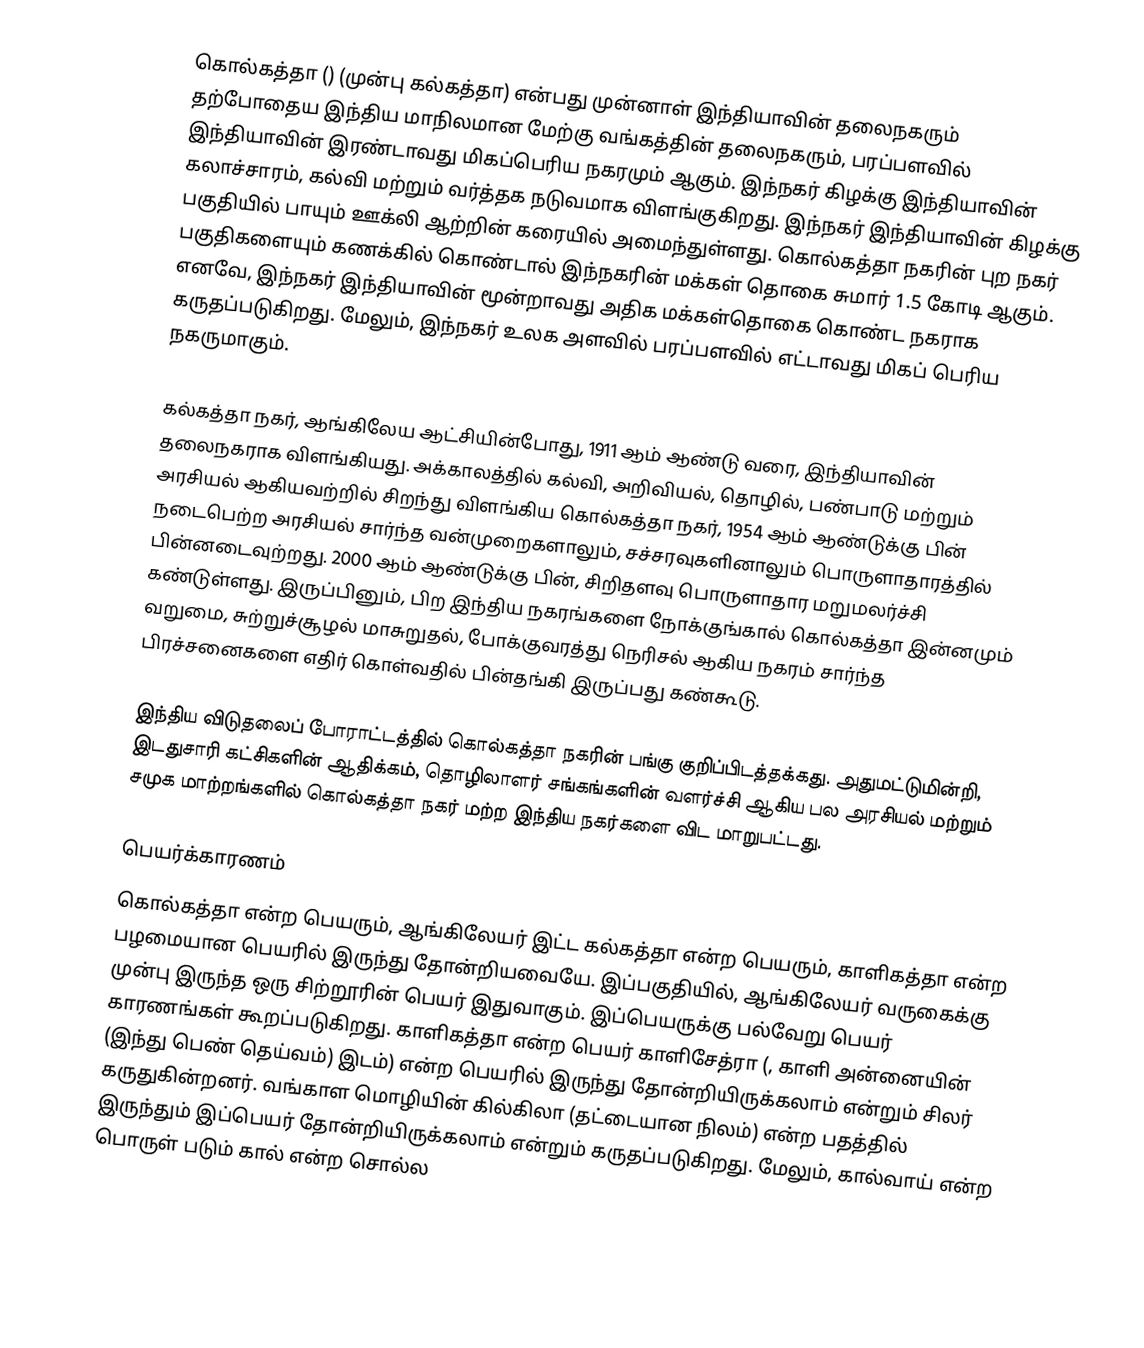
கொல்கத்தா () (முன்பு கல்கத்தா) என்பது முன்னாள் இந்தியாவின் தலைநகரும் தற்போதைய இந்திய மாநிலமான மேற்கு வங்கத்தின் தலைநகரும், பரப்பளவில் இந்தியாவின் இரண்டாவது மிகப்பெரிய நகரமும் ஆகும். இந்நகர் கிழக்கு இந்தியாவின் கலாச்சாரம், கல்வி மற்றும் வர்த்தக நடுவமாக விளங்குகிறது. இந்நகர் இந்தியாவின் கிழக்கு பகுதியில் பாயும் ஊக்லி ஆற்றின் கரையில் அமைந்துள்ளது. கொல்கத்தா நகரின் புற நகர் பகுதிகளையும் கணக்கில் கொண்டால் இந்நகரின் மக்கள் தொகை சுமார் 1.5 கோடி ஆகும். எனவே, இந்நகர் இந்தியாவின் மூன்றாவது அதிக மக்கள்தொகை கொண்ட நகராக கருதப்படுகிறது. மேலும், இந்நகர் உலக அளவில் பரப்பளவில் எட்டாவது மிகப் பெரிய நகருமாகும்.

கல்கத்தா நகர், ஆங்கிலேய ஆட்சியின்போது, 1911 ஆம் ஆண்டு வரை, இந்தியாவின் தலைநகராக விளங்கியது. அக்காலத்தில் கல்வி, அறிவியல், தொழில், பண்பாடு மற்றும் அரசியல் ஆகியவற்றில் சிறந்து விளங்கிய கொல்கத்தா நகர், 1954 ஆம் ஆண்டுக்கு பின்  நடைபெற்ற அரசியல் சார்ந்த வன்முறைகளாலும், சச்சரவுகளினாலும் பொருளாதாரத்தில் பின்னடைவுற்றது. 2000 ஆம் ஆண்டுக்கு பின், சிறிதளவு பொருளாதார மறுமலர்ச்சி கண்டுள்ளது. இருப்பினும், பிற இந்திய நகரங்களை நோக்குங்கால் கொல்கத்தா இன்னமும் வறுமை, சுற்றுச்சூழல் மாசுறுதல், போக்குவரத்து நெரிசல் ஆகிய நகரம் சார்ந்த பிரச்சனைகளை எதிர் கொள்வதில் பின்தங்கி இருப்பது கண்கூடு.

இந்திய விடுதலைப் போராட்டத்தில் கொல்கத்தா நகரின் பங்கு குறிப்பிடத்தக்கது. அதுமட்டுமின்றி, இடதுசாரி கட்சிகளின் ஆதிக்கம், தொழிலாளர் சங்கங்களின் வளர்ச்சி ஆகிய பல அரசியல் மற்றும் சமுக மாற்றங்களில் கொல்கத்தா நகர் மற்ற இந்திய நகர்களை விட மாறுபட்டது.

பெயர்க்காரணம்
கொல்கத்தா என்ற பெயரும், ஆங்கிலேயர் இட்ட கல்கத்தா என்ற பெயரும், காளிகத்தா என்ற பழமையான பெயரில் இருந்து தோன்றியவையே. இப்பகுதியில், ஆங்கிலேயர் வருகைக்கு முன்பு இருந்த ஒரு சிற்றூரின் பெயர் இதுவாகும். இப்பெயருக்கு பல்வேறு பெயர் காரணங்கள் கூறப்படுகிறது.  காளிகத்தா என்ற பெயர் காளிசேத்ரா (, காளி அன்னையின் (இந்து பெண் தெய்வம்) இடம்) என்ற பெயரில் இருந்து தோன்றியிருக்கலாம் என்றும் சிலர் கருதுகின்றனர். வங்காள மொழியின் கில்கிலா (தட்டையான நிலம்) என்ற பதத்தில் இருந்தும் இப்பெயர் தோன்றியிருக்கலாம் என்றும் கருதப்படுகிறது. மேலும், கால்வாய் என்ற பொருள் படும் கால் என்ற சொல்ல